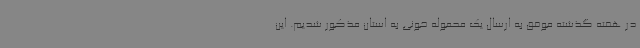
در هفته گذشته موفق به ارسال یک محموله خونی به استان مذکور شدیم. این